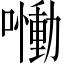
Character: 𡂁